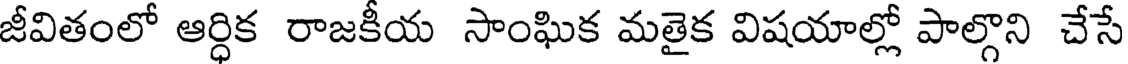
జీవితంలో ఆర్ధిక రాజకీయ సాంఘిక మతైక విషయాల్లో పాల్గొని చేసే